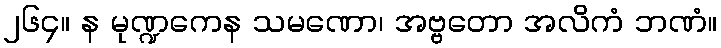
၂၆၄။ န မုဏ္ဍကေန သမဏော၊ အဗ္ဗတော အလိကံ ဘဏံ။